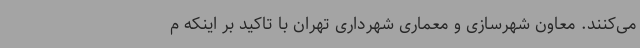
می‌کنند. معاون شهرسازی و معماری شهرداری تهران با تاکید بر اینکه م